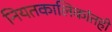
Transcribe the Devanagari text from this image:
नियतकालिकांतही